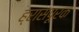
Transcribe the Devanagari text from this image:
ह्रासपूरक